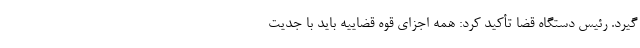
گیرد. رئیس دستگاه قضا تأکید کرد: همه اجزای قوه قضاییه باید با جدیت